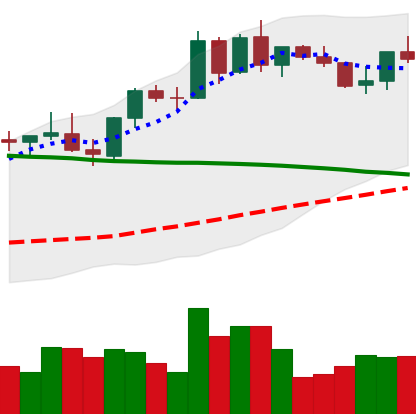
Ticker: BNB-USD
Chart end date: 2021-09-02
Forward return: -13.724%
Label: down_7plus